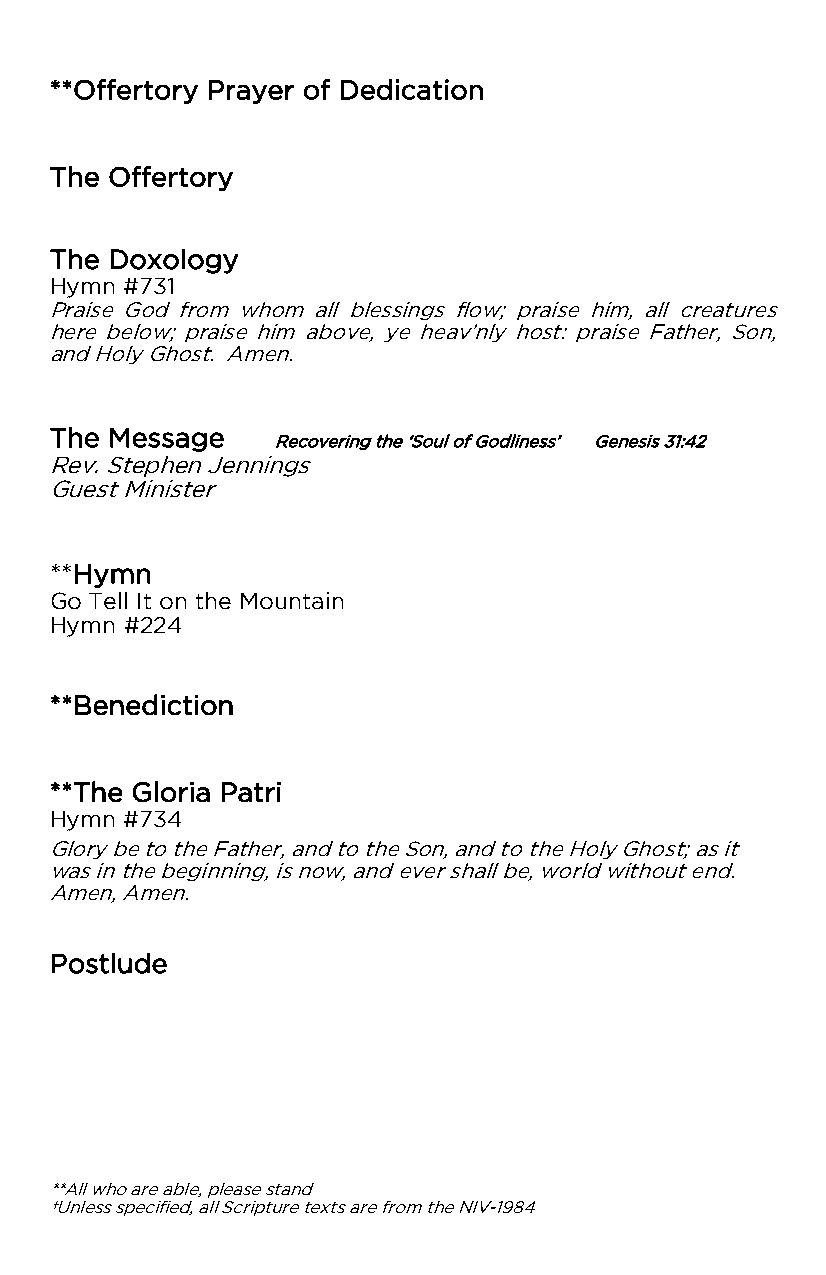
**Offertory Prayer of Dedication
 The Offertory
 The Doxology
 Hymn #731
 Praise God from whom all blessings flow; praise him, all creatures
 here below; praise him above, ye heav’nly host: praise Father, Son,
 and Holy Ghost. Amen.
 The Message
 Recovering the ‘Soul of Godliness’ Genesis 31:42
 Rev. Stephen Jennings
 Guest Minister
 **Hymn
 Go Tell It on the Mountain
 Hymn #224
 **Benediction
 **The Gloria Patri
 Hymn #734
 Glory be to the Father, and to the Son, and to the Holy Ghost; as it
 was in the beginning, is now, and ever shall be, world without end.
 Amen, Amen.
 Postlude
 **All who are able, please stand
 †Unless specified, all Scripture texts are from the NIV-1984